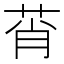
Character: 莦